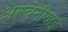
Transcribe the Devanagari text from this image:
अल्बेनीयाई